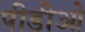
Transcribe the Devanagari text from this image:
पीडीओ